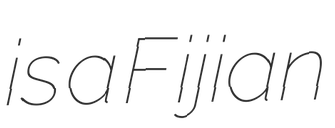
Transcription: is a Fijian